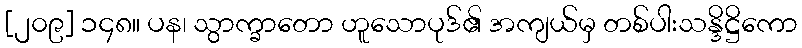
[၂၀၉] ၁၄၈။ ပန၊ သွာက္ခာတော ဟူသောပုဒ်၏ အကျယ်မှ တစ်ပါးသန္ဒိဋ္ဌိကော